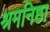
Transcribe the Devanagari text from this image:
श्रमनिष्ठा